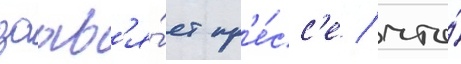
заавл'я́ет пр'е́сс'е / что́